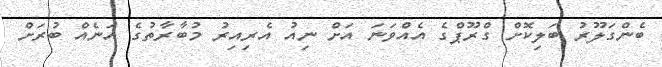
ބެންގަލޫރު ބަލިކޮށް ގްރޫޕްގެ އެއްވަނަ އަށް ނިއު އެރިއިރު މުބާރާތުގެ އަނެއް ބުރަށް